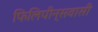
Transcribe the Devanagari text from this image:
फिलिपीन्सवासी